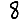
Digit: 8